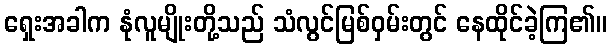
ရှေးအခါက နုံလူမျိုးတို့သည် သံလွင်မြစ်ဝှမ်းတွင် နေထိုင်ခဲ့ကြ၏။